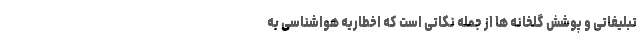
تبلیغاتی و پوشش گلخانه ها از جمله نکاتی است که اخطاریه هواشناسی به